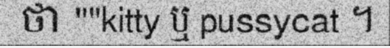
ថា ''''kitty ឬ pussycat ។